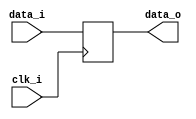
module bsg_dff_width_p386
(
  clk_i,
  data_i,
  data_o
);

  input [385:0] data_i;
  output [385:0] data_o;
  input clk_i;
  reg [385:0] data_o;

  always @(posedge clk_i) begin
    if(1'b1) begin
      { data_o[385:0] } <= { data_i[385:0] };
    end
  end


endmodule